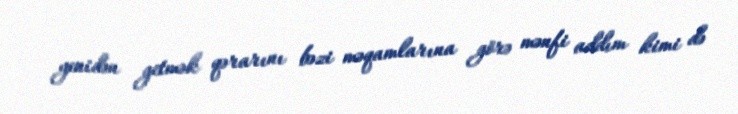
yenidən getmək qərarını bəzi məqamlarına görə mənfi addım kimi də